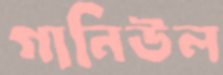
গানিউল